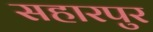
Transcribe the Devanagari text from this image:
सहारपुर